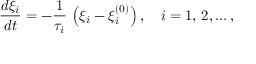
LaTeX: { \frac { d \xi _ { i } } { d t } } = - { \frac { 1 } { \tau _ { i } } } \, \left( \xi _ { i } - \xi _ { i } ^ { ( 0 ) } \right) , \quad i = 1 , \, 2 , \ldots ,